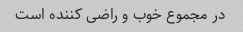
در مجموع خوب و راضی کننده است